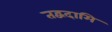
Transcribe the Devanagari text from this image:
तद्वदामि